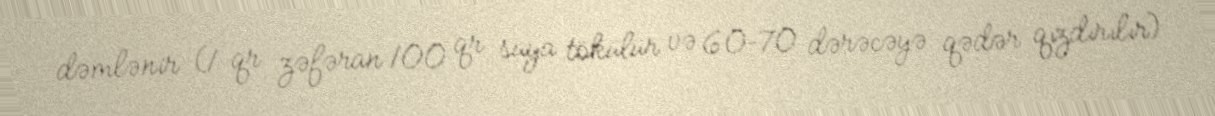
dəmlənir (1 qr zəfəran 100 qr suya tökülür və 60–70 dərəcəyə qədər qızdırılır)